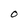
Character: O